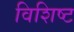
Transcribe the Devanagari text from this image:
विशिष्‍ट